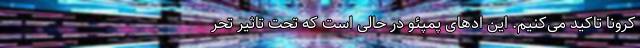
کرونا تاکید می‌کنیم. این ادهای پمپئو در حالی است که تحت تاثیر تحر